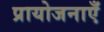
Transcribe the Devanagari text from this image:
प्रायोजनाएँ